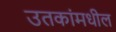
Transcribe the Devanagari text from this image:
उतकांमधील